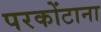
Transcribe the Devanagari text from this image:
परकोंटाना